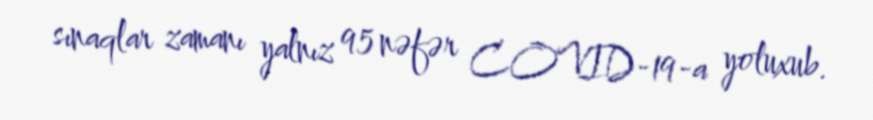
sınaqlar zamanı yalnız 95 nəfər COVID-19-a yoluxub.